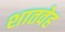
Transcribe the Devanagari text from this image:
शातवेह